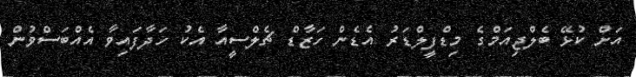
އަށް ކުޅޭ ބެލްޖިއަމްގެ މިޑްފީލްޑަރު އެޑެން ހަޒާޑް ޗެލްސީއާ އެކު ހަދާފައިވާ އެއްބަސްވުން